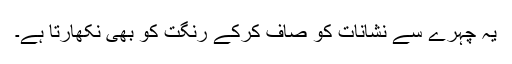
یہ چہرے سے نشانات کو صاف کرکے رنگت کو بھی نکھارتا ہے۔